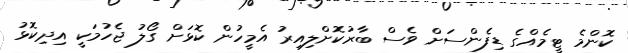
ކޮންމެ ޓީމެއްގެ ޑިފެންސަށް ވެސް ބާރުކޮށްލިއިރު އެމީހުން ކޮޅަށް ގޯލު ޖެހުމަކީ އިދިކޮޅު